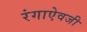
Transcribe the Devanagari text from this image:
रंगाऐवजी